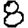
Digit: 8